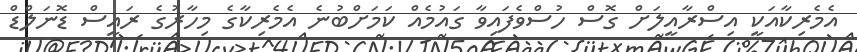
އެމެރިކާއަކީ އިސްރާއީލަށް ގޮސް ހުސްވެފައިވާ ގައުމެއް ކަމަށްބުނެ އެމެރިކާގެ މިހާރުގެ ރައީސް ޑޮނަލްޑް